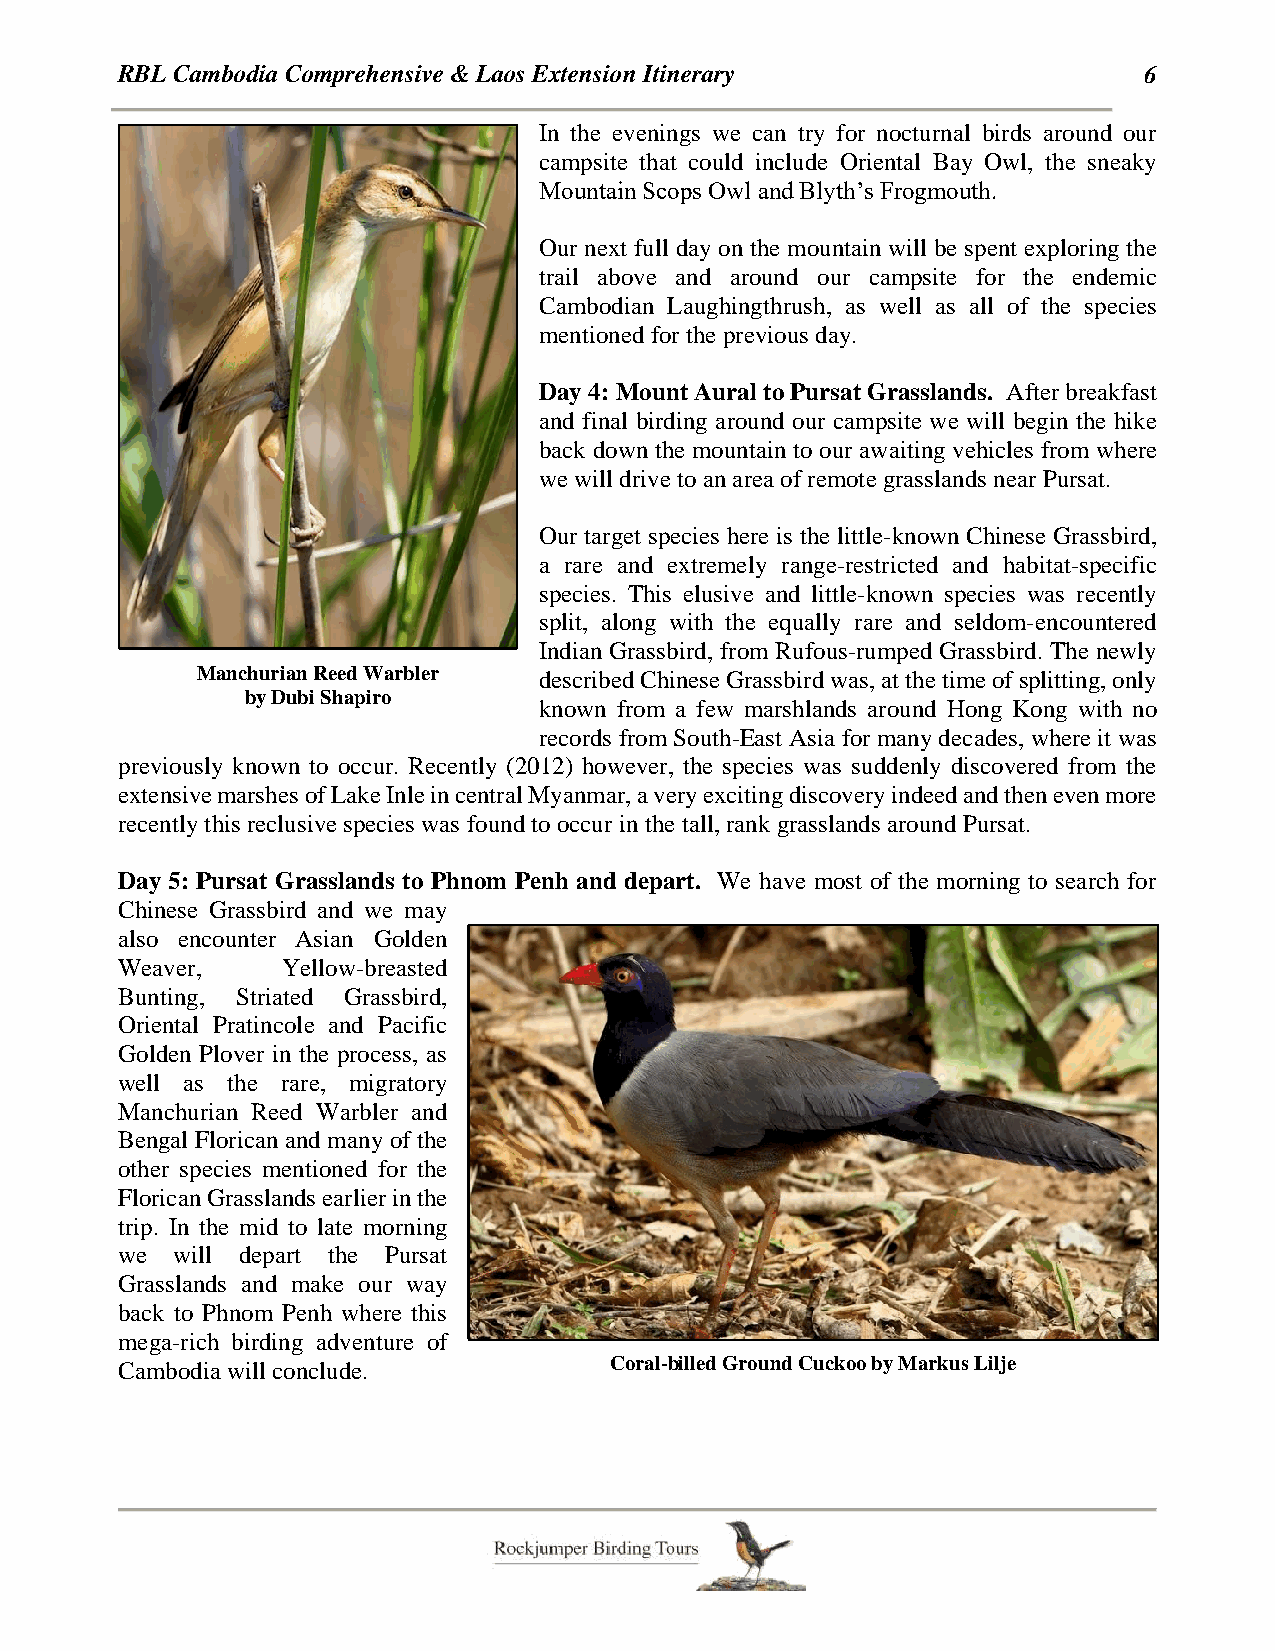
RBL Cambodia Comprehensive & Laos Extension Itinerary               6
 In the evenings we can try for nocturnal birds around our
 campsite that could include Oriental Bay Owl, the sneaky
 Mountain Scops Owl and Blyth’s Frogmouth.
 Our next full day on the mountain will be spent exploring the
 trail above and around our campsite for the endemic
 Cambodian Laughingthrush, as well as all of the species
 mentioned for the previous day.
 Day 4: Mount Aural to Pursat Grasslands. After breakfast
 and final birding around our campsite we will begin the hike
 back down the mountain to our awaiting vehicles from where
 we will drive to an area of remote grasslands near Pursat.
 Our target species here is the little-known Chinese Grassbird,
 a rare and extremely range-restricted and habitat-specific
 species. This elusive and little-known species was recently
 split, along with the equally rare and seldom-encountered
 Indian Grassbird, from Rufous-rumped Grassbird. The newly
 Manchurian Reed Warbler described Chinese Grassbird was, at the time of splitting, only
 by Dubi Shapiro
 known from a few marshlands around Hong Kong with no
 records from South-East Asia for many decades, where it was
 previously known to occur. Recently (2012) however, the species was suddenly discovered from the
 extensive marshes of Lake Inle in central Myanmar, a very exciting discovery indeed and then even more
 recently this reclusive species was found to occur in the tall, rank grasslands around Pursat.
 Day 5: Pursat Grasslands to Phnom Penh and depart. We have most of the morning to search for
 Chinese Grassbird and we may
 also encounter Asian Golden
 Weaver,    Yellow-breasted
 Bunting, Striated Grassbird,
 Oriental Pratincole and Pacific
 Golden Plover in the process, as
 well as the rare, migratory
 Manchurian Reed Warbler and
 Bengal Florican and many of the
 other species mentioned for the
 Florican Grasslands earlier in the
 trip. In the mid to late morning
 we will depart the Pursat
 Grasslands and make our way
 back to Phnom Penh where this
 mega-rich birding adventure of
 Cambodia will conclude.         Coral-billed Ground Cuckoo by Markus Lilje